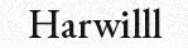
Harwilll